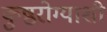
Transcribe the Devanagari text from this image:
कुष्ठरोग्याशी